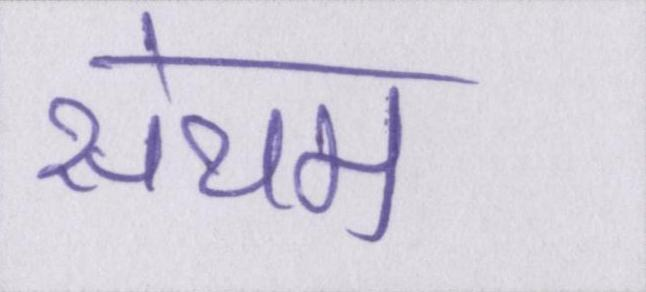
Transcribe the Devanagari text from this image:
संयम